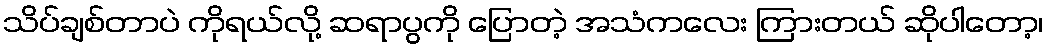
သိပ်ချစ်တာပဲ ကိုရယ်လို့ ဆရာပွကို ပြောတဲ့ အသံကလေး ကြားတယ် ဆိုပါတော့၊